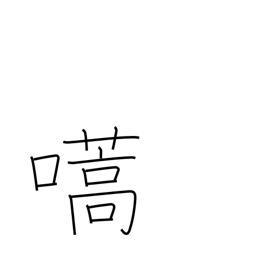
Meaning: call